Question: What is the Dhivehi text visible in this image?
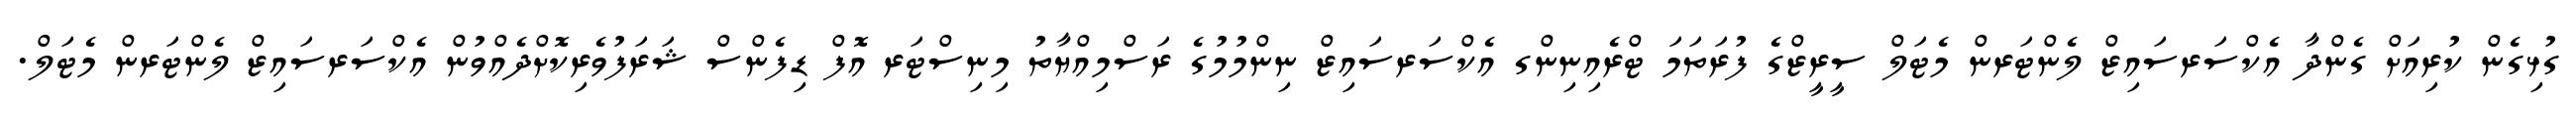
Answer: ގުޅިގެން ކުރިއަށް ގެންދާ އެކްސަރސައިޒް ލެންޓަރން މެޓަލް ސީރީޒްގެ ފުރަތަމަ ޓްރެއިނިންގ އެކްސަރސައިޒް ނިންމުމުގެ ރަސްމިއްޔާތު މިނިސްޓަރ އޮފް ޑިފެންސް ޝަރަފުވެރިކޮށްދެއްވުން އެކްސަރސައިޒް ލެންޓަރން މެޓަލް.